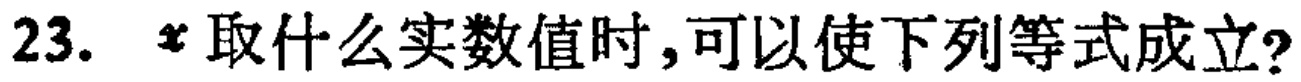
23. \(x\)取什么实数值时，可以使下列等式成立？